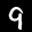
Label: 9